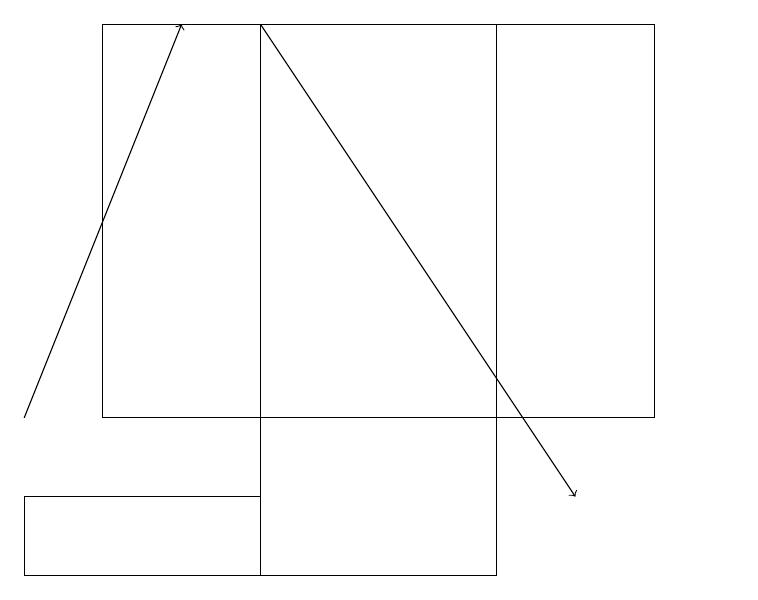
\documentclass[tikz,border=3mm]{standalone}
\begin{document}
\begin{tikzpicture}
\draw (4,13) rectangle (1,12);
\draw (10,12) circle (0);
\draw (9,19) rectangle (2,14);
\draw[->] (4,19) -- (8,13);
\draw[->] (1,14) -- (3,19);
\draw (7,19) rectangle (4,12);
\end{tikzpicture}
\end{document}